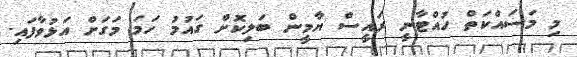
މި މަސައްކަތް ހުއްޓާނީ ރައީސް ޔާމީން ބަލިކޮށް ގައުމު ހަމަ މަގަށް އަޅުވާފައި.